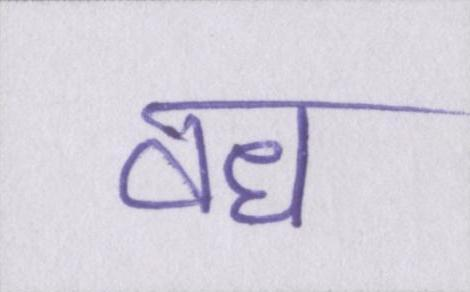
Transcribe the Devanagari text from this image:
वध